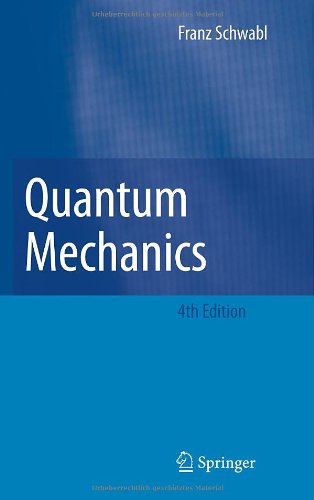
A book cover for Quantum Mechanics; Franz Schwabl; Science & Math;